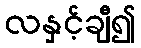
လနှင့်ချီ၍